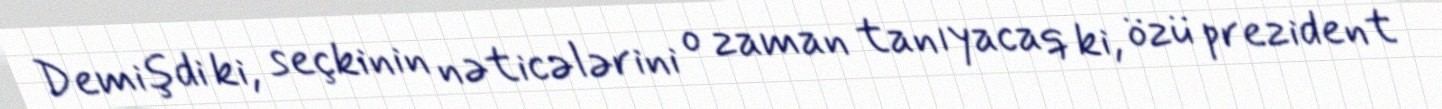
Demişdi ki, seçkinin nəticələrini o zaman tanıyacaq ki, özü prezident